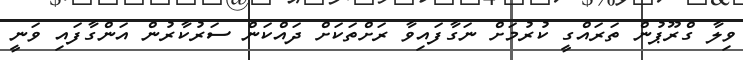
ވިލާ ގްރޫޕުން ތަރައްގީ ކުރުމަށް ނަގާފައިވާ ރަށްތަކަށް ދައްކަން ސަރުކާރުން އަންގާފައި ވަނީ